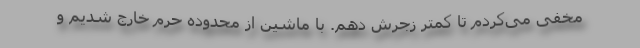
مخفی می‌کردم تا کمتر زجرش دهم. با ماشین از محدوده حرم خارج شدیم و